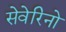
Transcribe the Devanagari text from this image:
सेवेरिनो